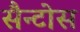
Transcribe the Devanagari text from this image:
सैन्टोस